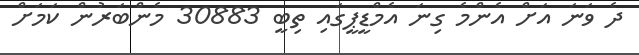
ދެ ވަނަ އަށް އެންމެ ގިނަ އެމްޑީޕީގައި ތިބީ 30883 މެންބަރުން ކަމަށް